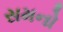
સમનો